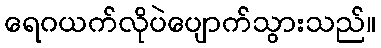
ရေဂယက်လိုပဲပျောက်သွားသည်။